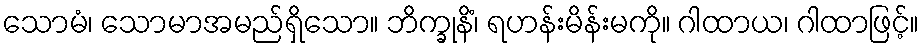
သောမံ၊ သောမာအမည်ရှိသော။ ဘိက္ခုနိံ၊ ရဟန်းမိန်းမကို။ ဂါထာယ၊ ဂါထာဖြင့်။